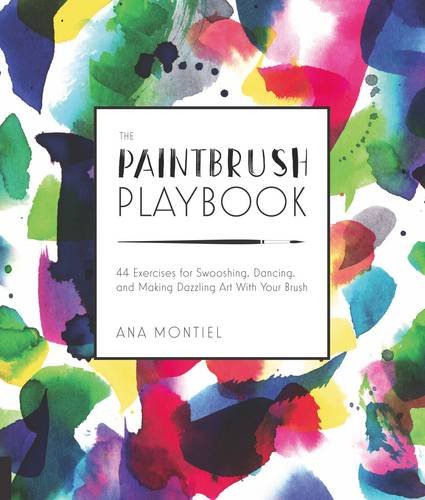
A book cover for The Paintbrush Playbook: 44 Exercises for Swooshing, Dancing, and Making Dazzling Art With Your Brush; Ana Montiel; Arts & Photography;